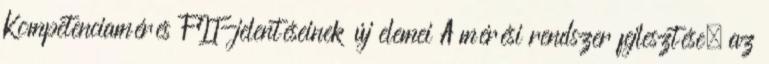
Kompetenciamérés FIT-jelentéseinek új elemei A mérési rendszer fejlesztése, az